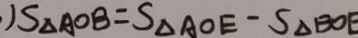
) S _ { \Delta A O B } = S _ { \Delta A O E } - S _ { \Delta } B O E